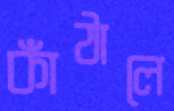
কাঁঠালে